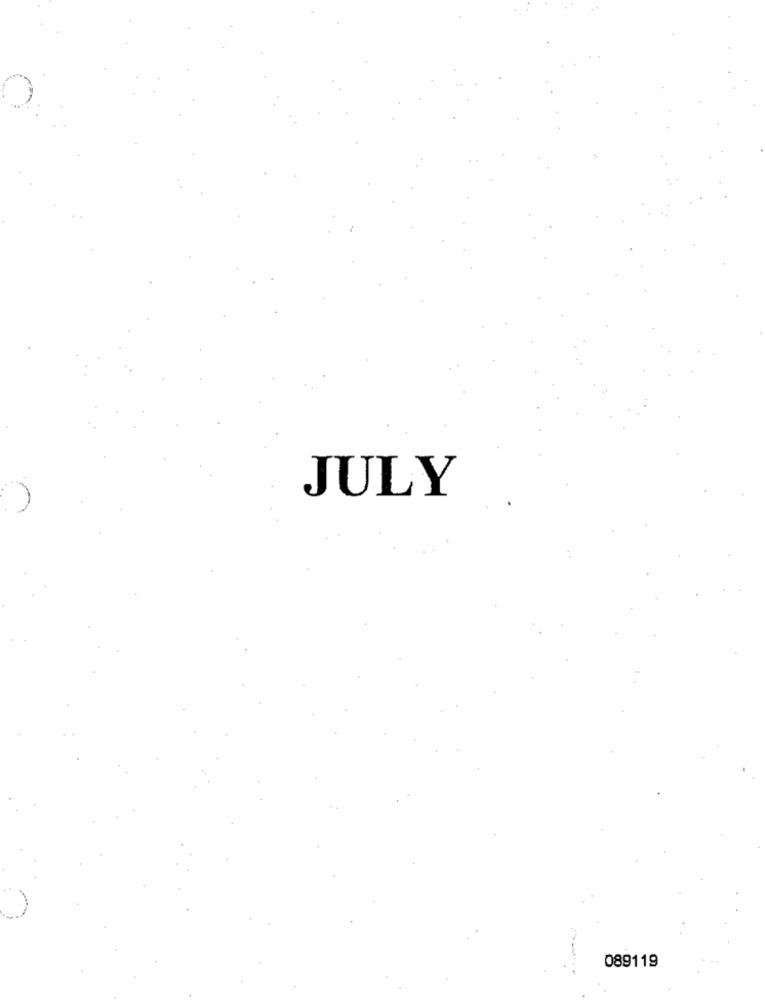
JULY
089119